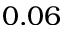
0 . 0 6